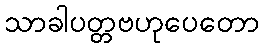
သာခါပတ္တဗဟုပေတော